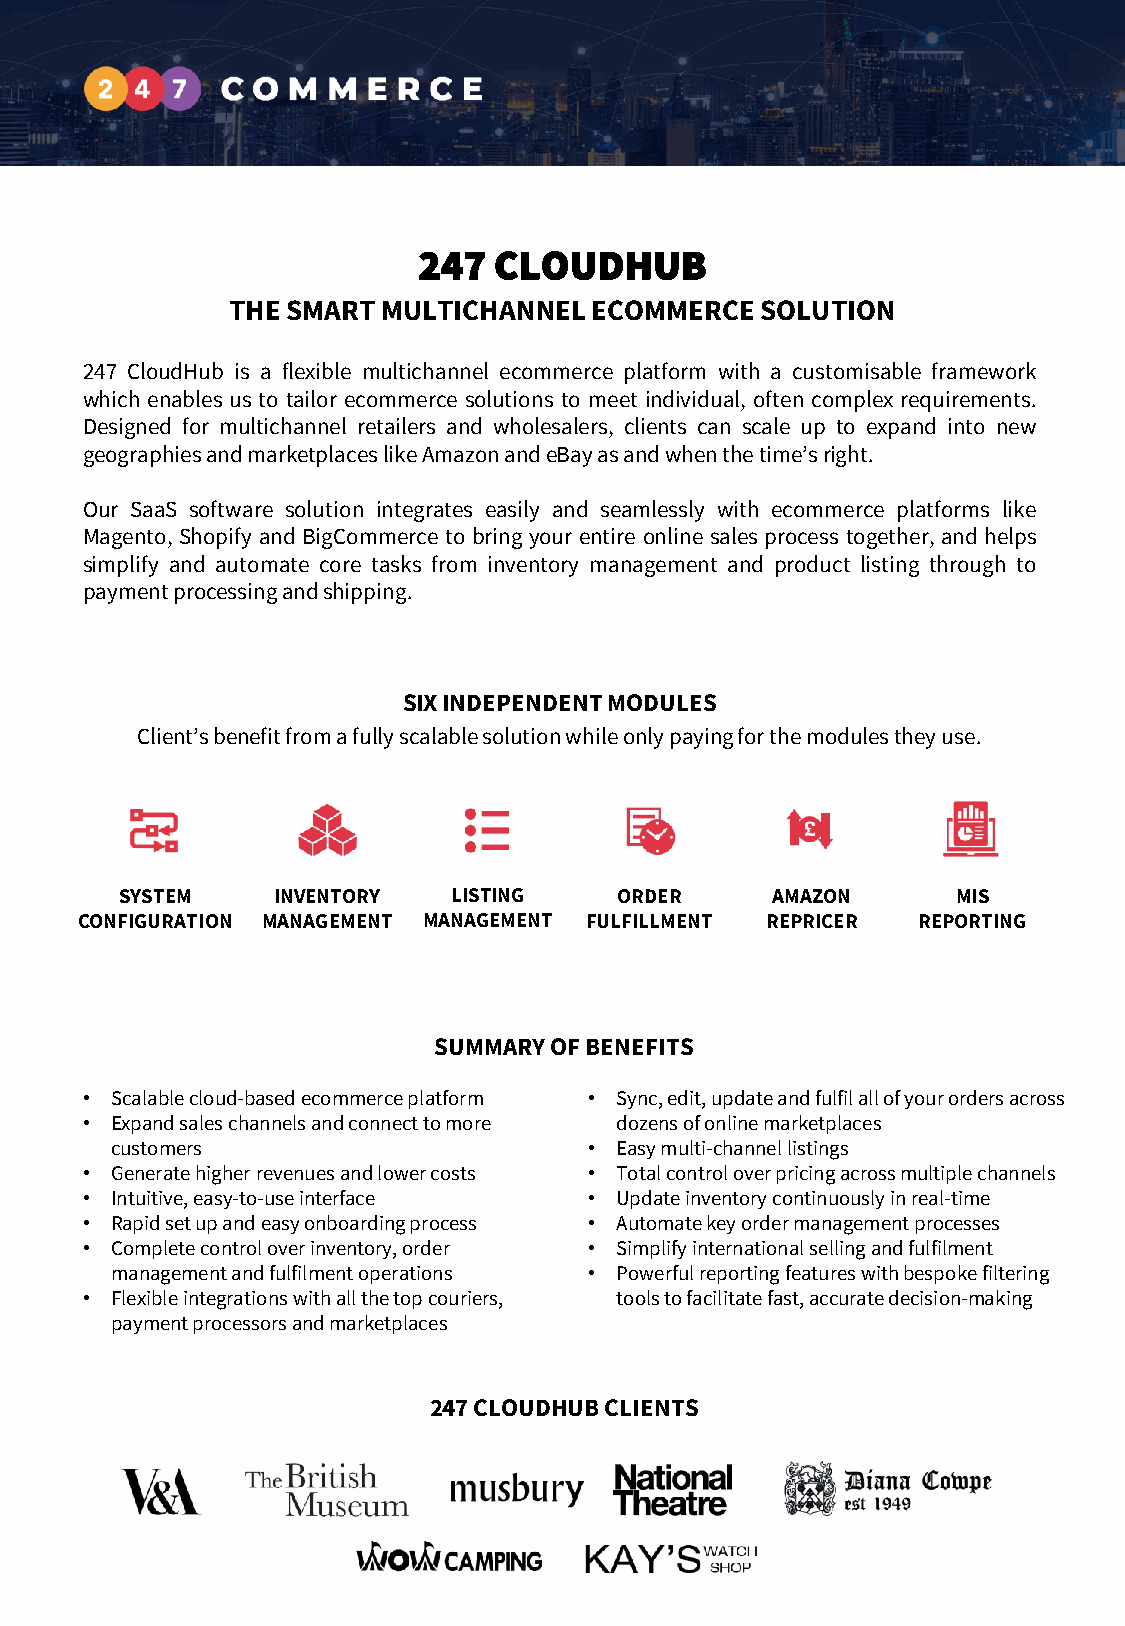
247  CLOUDHUB
 THE SMART MULTICHANNEL  ECOMMERCE  SOLUTION
 247 CloudHub is a flexible multichannel ecommerce platform with a customisable framework
 which enables us to tailor ecommerce solutions to meet individual, often complex requirements.
 Designed for multichannel retailers and wholesalers, clients can scale up to expand into new
 geographiesandmarketplaceslikeAmazonandeBayasandwhenthetime’sright.
 Our SaaS software solution integrates easily and seamlessly with ecommerce platforms like
 Magento, Shopify and BigCommerce to bring your entire online sales process together, and helps
 simplify and automate core tasks from inventory management and product listing through to
 paymentprocessingandshipping.
 SIX INDEPENDENT MODULES
 Client’s benefit from a fully scalable solution while only paying for the modules they use.
 SYSTEM    INVENTORY   LISTING    ORDER     AMAZON      MIS
 CONFIGURATION MANAGEMENT MANAGEMENT FULFILLMENT REPRICER REPORTING
 SUMMARY OF BENEFITS
 • Scalable cloud-based ecommerce platform • Sync, edit, update and fulfil all of your orders across
 • Expand sales channels and connect to more dozens of online marketplaces
 customers                       • Easy multi-channel listings
 • Generate higher revenues and lower costs • Total control over pricing across multiple channels
 • Intuitive, easy-to-use interface • Update inventory continuously in real-time
 • Rapid set up and easy onboarding process • Automate key order management processes
 • Complete control over inventory, order • Simplify international selling and fulfilment
 management and fulfilment operations • Powerful reporting features with bespoke filtering
 • Flexible integrations with all the top couriers, tools to facilitate fast, accurate decision-making
 payment processors and marketplaces
 247 CLOUDHUB CLIENTS